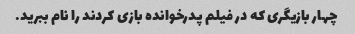
چهار بازیگری که در فیلم پدرخوانده بازی کردند را نام ببرید.